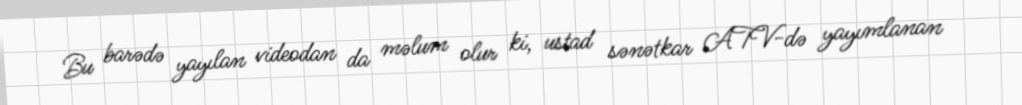
Bu barədə yayılan videodan da məlum olur ki, ustad sənətkar ATV-də yayımlanan